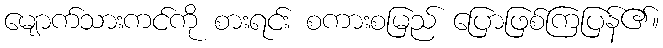
မျောက်သားကင်ကို စားရင်း စကားစမြည် ပြောဖြစ်ကြပြန်၏။